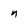
Character: n